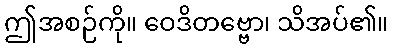
ဤအစဉ်ကို။ ဝေဒိတဗ္ဗော၊ သိအပ်၏။